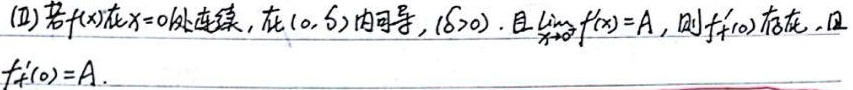
(Ⅱ) 若\(f(x)\)在\(x = 0\)处连续，在\((0,\delta)\)内可导，\((\delta>0)\)，且\(\lim\limits_{x \to 0^{+}}f'(x)=A\)，则\(f_{+}'(0)\)存在，且\(f_{+}'(0)=A\).